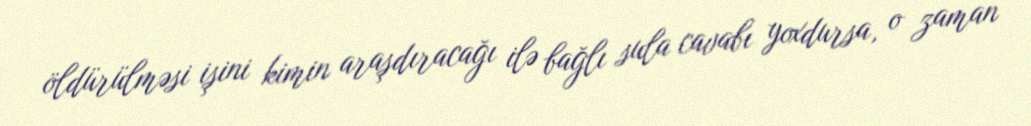
öldürülməsi işini kimin araşdıracağı ilə bağlı sula cavabı yoxdursa, o zaman